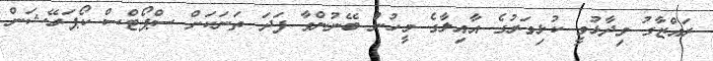
ރައްޒާގު ވިދާޅުވީ ކުޅިވަރުގެ އާއިލާގެ މީހުން ބޭނުންވާ ފަދަ ތަނަކަށް ސްޕޯޓްސް ކޯޕަރޭޝަން